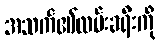
အသက်၏လမ်းခရီးကို